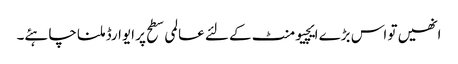
انھیں تو اس بڑے ایچیومنٹ کے لئے عالمی سطح پر ایوارڈ ملنا چاہئے۔